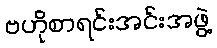
ဗဟိုစာရင်းအင်းအဖွဲ့